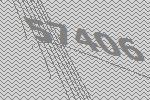
57406